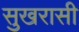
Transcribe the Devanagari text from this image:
सुखरासी